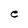
Character: e